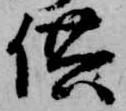
供